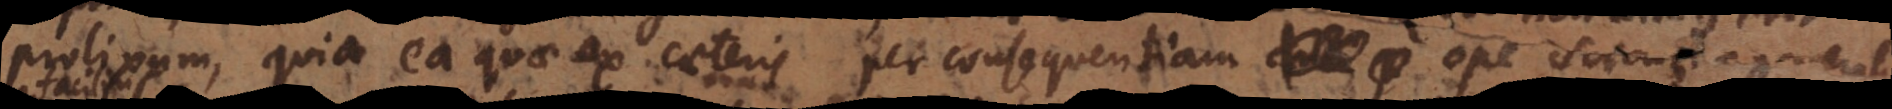
prolixum, quia ea quae ex caeteris per consequentiam ope Scientiae